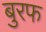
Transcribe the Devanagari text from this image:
बुरफ